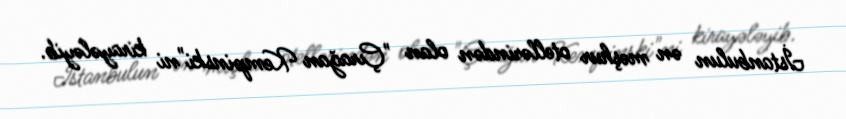
İstanbulun ən məşhur otellərindən olan "Çırağan Kempinski"ni kirayələyib.